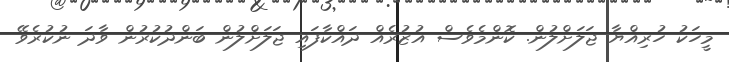
މީހަކު ހުރިއްޔާ ޖަލަށްލުން. ކޮންމެވެސް އުޒުރެއް ދައްކާފައި ޖަލަށްލުން ބަންދުކުރުން ވާދަ ނުކުރެވޭ